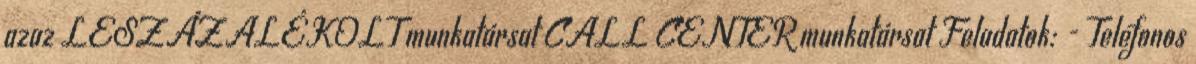
azaz LESZÁZALÉKOLT munkatársat CALL CENTER munkatársat Feladatok: - Telefonos